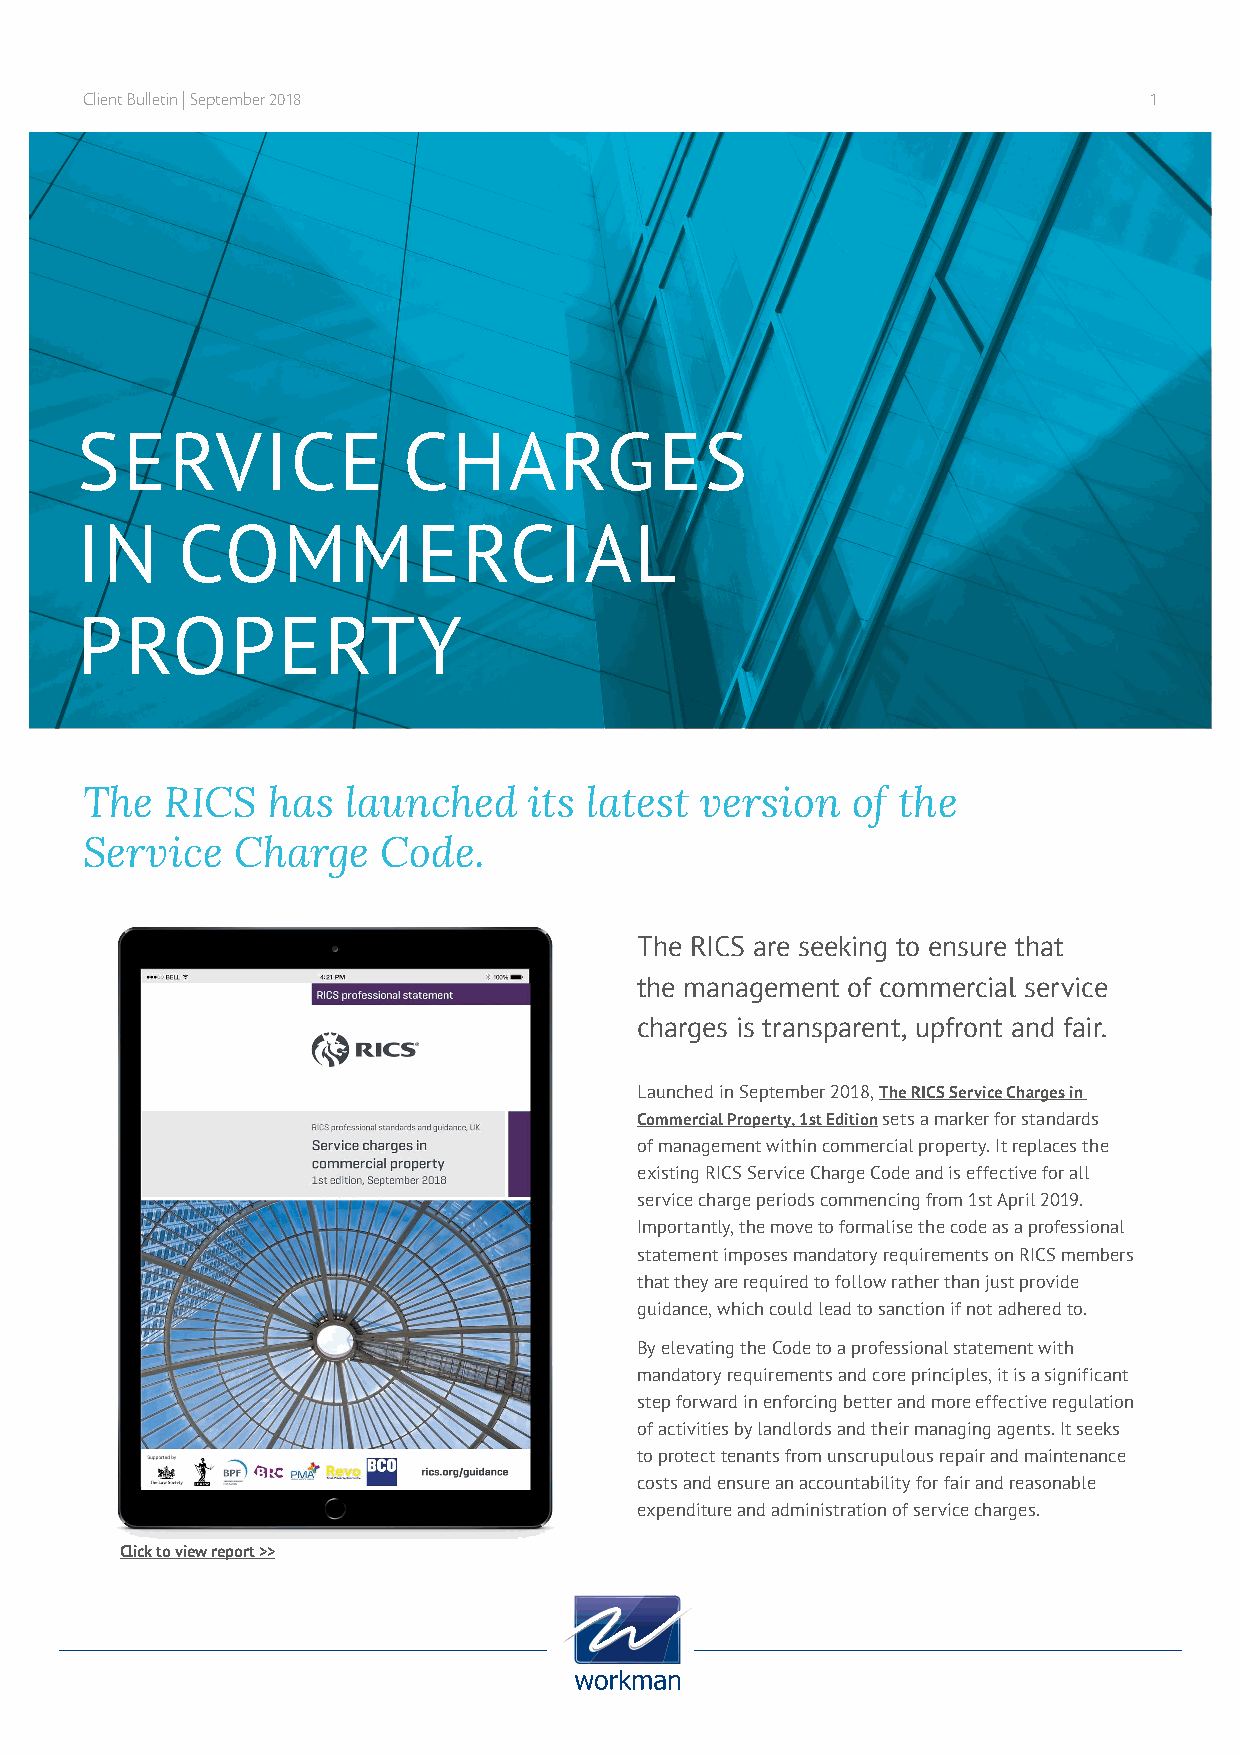
Client Bulletin | September 2018                                      1
 SERVICE               CHARGES
 IN     COMMERCIAL
 PROPERTY
 The   RICS   has  launched    its latest version   of the
 Service   Charge    Code.
 The RICS are seeking to ensure that
 the management of commercial service
 charges is transparent, upfront and fair.
 Launched in September 2018, The RICS Service Charges in
 Commercial Property, 1st Edition sets a marker for standards
 of management within commercial property. It replaces the
 existing RICS Service Charge Code and is effective for all
 service charge periods commencing from 1st April 2019.
 Importantly, the move to formalise the code as a professional
 statement imposes mandatory requirements on RICS members
 that they are required to follow rather than just provide
 guidance, which could lead to sanction if not adhered to.
 By elevating the Code to a professional statement with
 mandatory requirements and core principles, it is a significant
 step forward in enforcing better and more effective regulation
 of activities by landlords and their managing agents. It seeks
 to protect tenants from unscrupulous repair and maintenance
 costs and ensure an accountability for fair and reasonable
 expenditure and administration of service charges.
 Click to view report >>